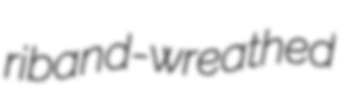
riband-wreathed